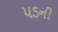
પડની